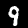
Label: 9